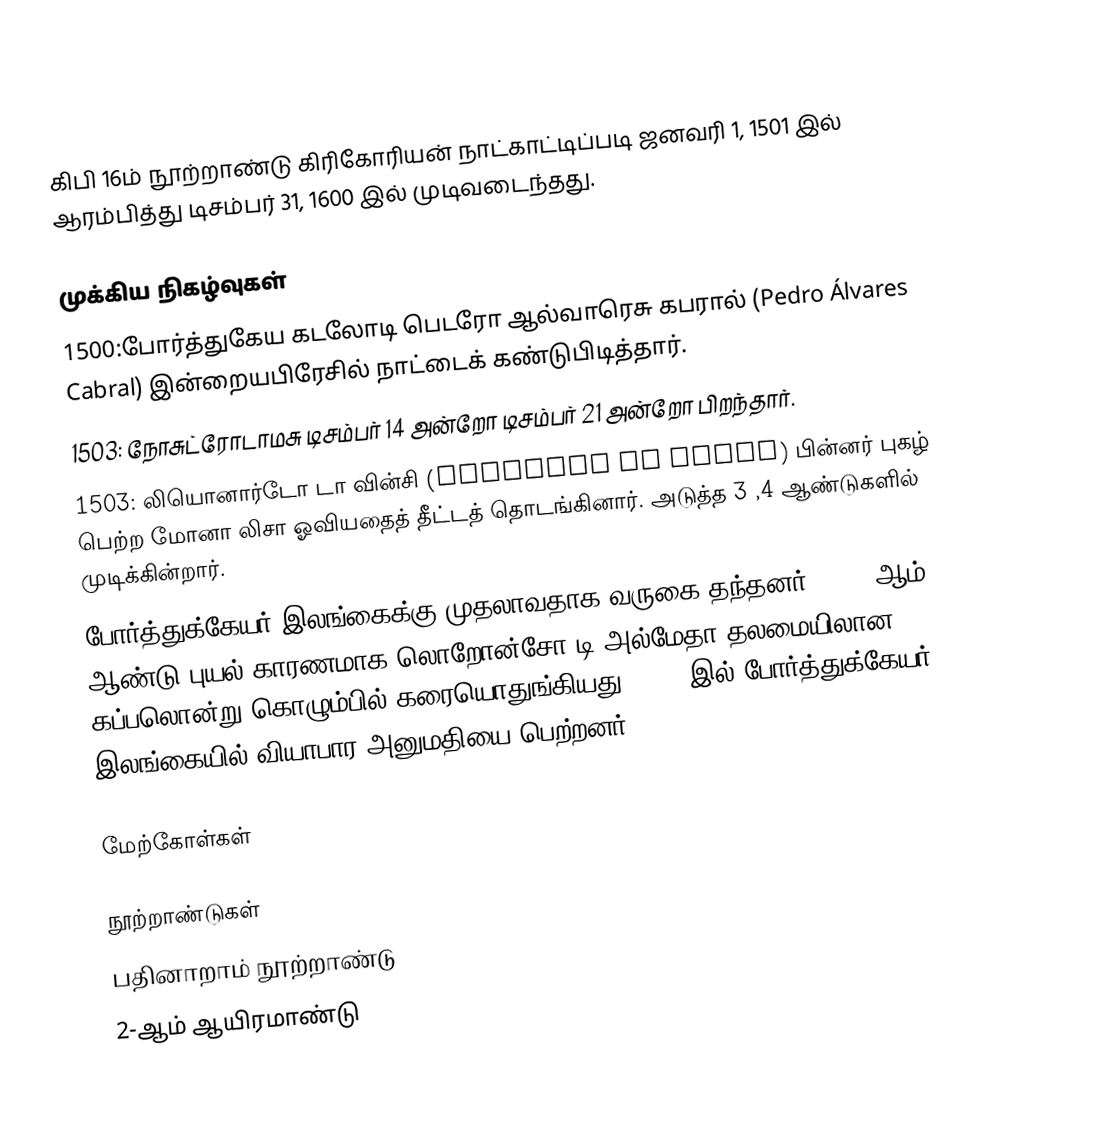
கிபி 16ம் நூற்றாண்டு கிரிகோரியன் நாட்காட்டிப்படி ஜனவரி 1, 1501 இல் ஆரம்பித்து டிசம்பர் 31, 1600 இல் முடிவடைந்தது.

முக்கிய நிகழ்வுகள்
 1500:போர்த்துகேய கடலோடி பெடரோ ஆல்வாரெசு கபரால் (Pedro Álvares Cabral) இன்றையபிரேசில் நாட்டைக் கண்டுபிடித்தார்.
 1503: நோசுட்ரோடாமசு டிசம்பர் 14 அன்றோ டிசம்பர் 21 அன்றோ பிறந்தார்.
 1503: லியொனார்டோ டா வின்சி (Leonardo da Vinci) பின்னர் புகழ் பெற்ற மோனா லிசா ஓவியதைத் தீட்டத் தொடங்கினார். அடுத்த 3 ,4 ஆண்டுகளில் முடிக்கின்றார்.
போர்த்துக்கேயர் இலங்கைக்கு முதலாவதாக வருகை தந்தனர். 1505 ஆம் ஆண்டு புயல் காரணமாக லொறோன்சோ டி அல்மேதா தலமையிலான கப்பலொன்று கொழும்பில் கரையொதுங்கியது. 1518 இல் போர்த்துக்கேயர் இலங்கையில் வியாபார அனுமதியை பெற்றனர்.

மேற்கோள்கள்

நூற்றாண்டுகள்
பதினாறாம் நூற்றாண்டு
2-ஆம் ஆயிரமாண்டு